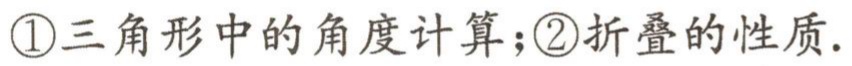
\textcircled{1}三角形中的角度计算；\textcircled{2}折叠的性质.